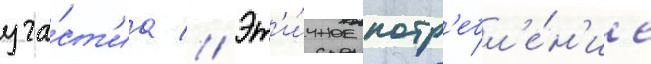
уча́ст'иа // Эт'и́чное потр'ебл'е́н'ие